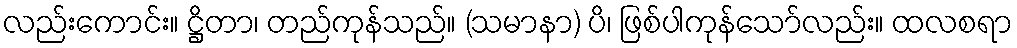
လည်းကောင်း။ ဋ္ဌိတာ၊ တည်ကုန်သည်။ (သမာနာ) ပိ၊ ဖြစ်ပါကုန်သော်လည်း။ ထလစရာ